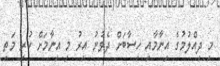
މި ދިއްލުމުގެ އިނާމާއި ހިސާބަށް ދެވުނު އިރު މި އިނާމަށް ކުރި މަތި